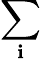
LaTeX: \sum_{\mathbf{i}}